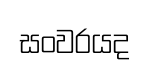
සංවරයද